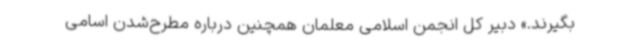
بگیرند.» دبیر کل انجمن اسلامی معلمان همچنین درباره مطرح‌شدن اسامی